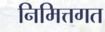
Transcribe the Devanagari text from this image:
निमित्तगत